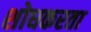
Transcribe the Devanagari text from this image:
शोधकरता